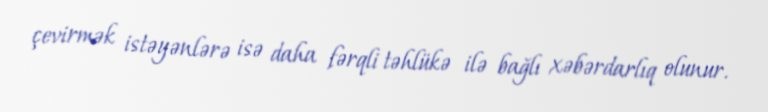
çevirmək istəyənlərə isə daha fərqli təhlükə ilə bağlı xəbərdarlıq olunur.